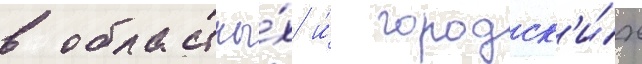
в областны́х и́ городск'и́х